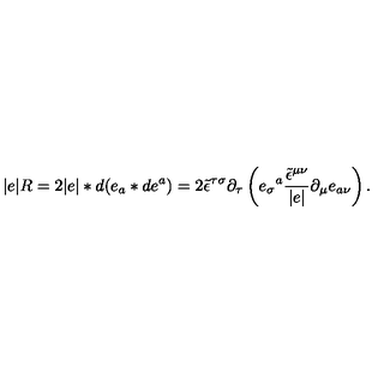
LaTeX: | e | R = 2 | e | \ast d ( e _ { a } \ast d e ^ { a } ) = 2 \tilde { \epsilon } ^ { \tau \sigma } \partial _ { \tau } \left( e _ { \sigma } { } ^ { a } \frac { \tilde { \epsilon } ^ { \mu \nu } } { | e | } \partial _ { \mu } e _ { a \nu } \right) .